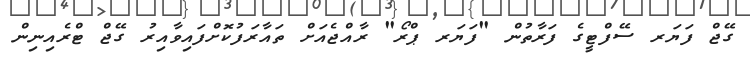
ގޭޖް ފަޔަރ ސޭފްޓީގެ ފަރާތުން "ފަޔަރ ޕްރޯ" ރާއްޖެއަށް ތައާރަފުކޮށްފައިވާއިރު ގޭޖް ޓްރެއިނިން